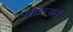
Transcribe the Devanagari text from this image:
पकाक।